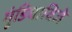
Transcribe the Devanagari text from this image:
गुंडिचाविजे